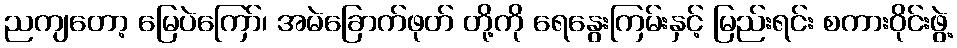
ညကျတော့ မြေပဲကြော်၊ အမဲခြောက်ဖုတ် တို့ကို ရေနွေးကြမ်းနှင့် မြည်းရင်း စကားဝိုင်းဖွဲ့